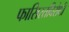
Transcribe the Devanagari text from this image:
फासिस्तविरोधी